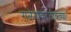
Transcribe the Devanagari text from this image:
राळेगावनजीकच्या